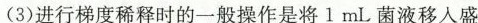
(3)进行梯度稀释时的一般操作是将l mL菌液移入盛